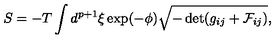
S = - T \int d ^ { p + 1 } \xi \exp ( - \phi ) \sqrt { - \det ( g _ { i j } + { \cal F } _ { i j } ) } ,